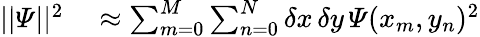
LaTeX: \begin{array}{rl}{||\varPsi||^{2}}&{{}\approx\sum_{m=0}^{M}\sum_{n=0}^{N}\delta x\, \delta y\, \varPsi(x_{m},y_{n})^{2}}\end{array}